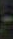
-